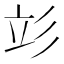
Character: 𰐧